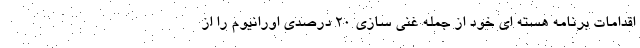
اقدامات برنامه هسته ای خود از جمله غنی سازی ۲۰ درصدی اورانیوم را از